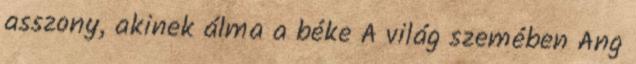
asszony, akinek álma a béke A világ szemében Ang